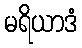
မရိယာဒံ